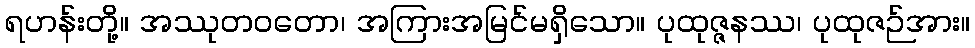
ရဟန်းတို့။ အဿုတဝတော၊ အကြားအမြင်မရှိသော။ ပုထုဇ္ဇနဿ၊ ပုထုဇဉ်အား။